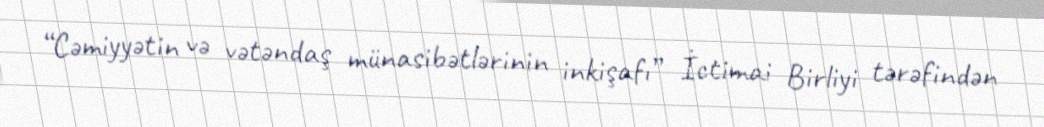
“Cəmiyyətin və vətəndаş münаsibətlərinin inkişаfı” İctimаi Birliyi tərəfindən